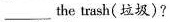
___ the trash( 垃圾)?